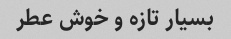
بسیار تازه و خوش عطر